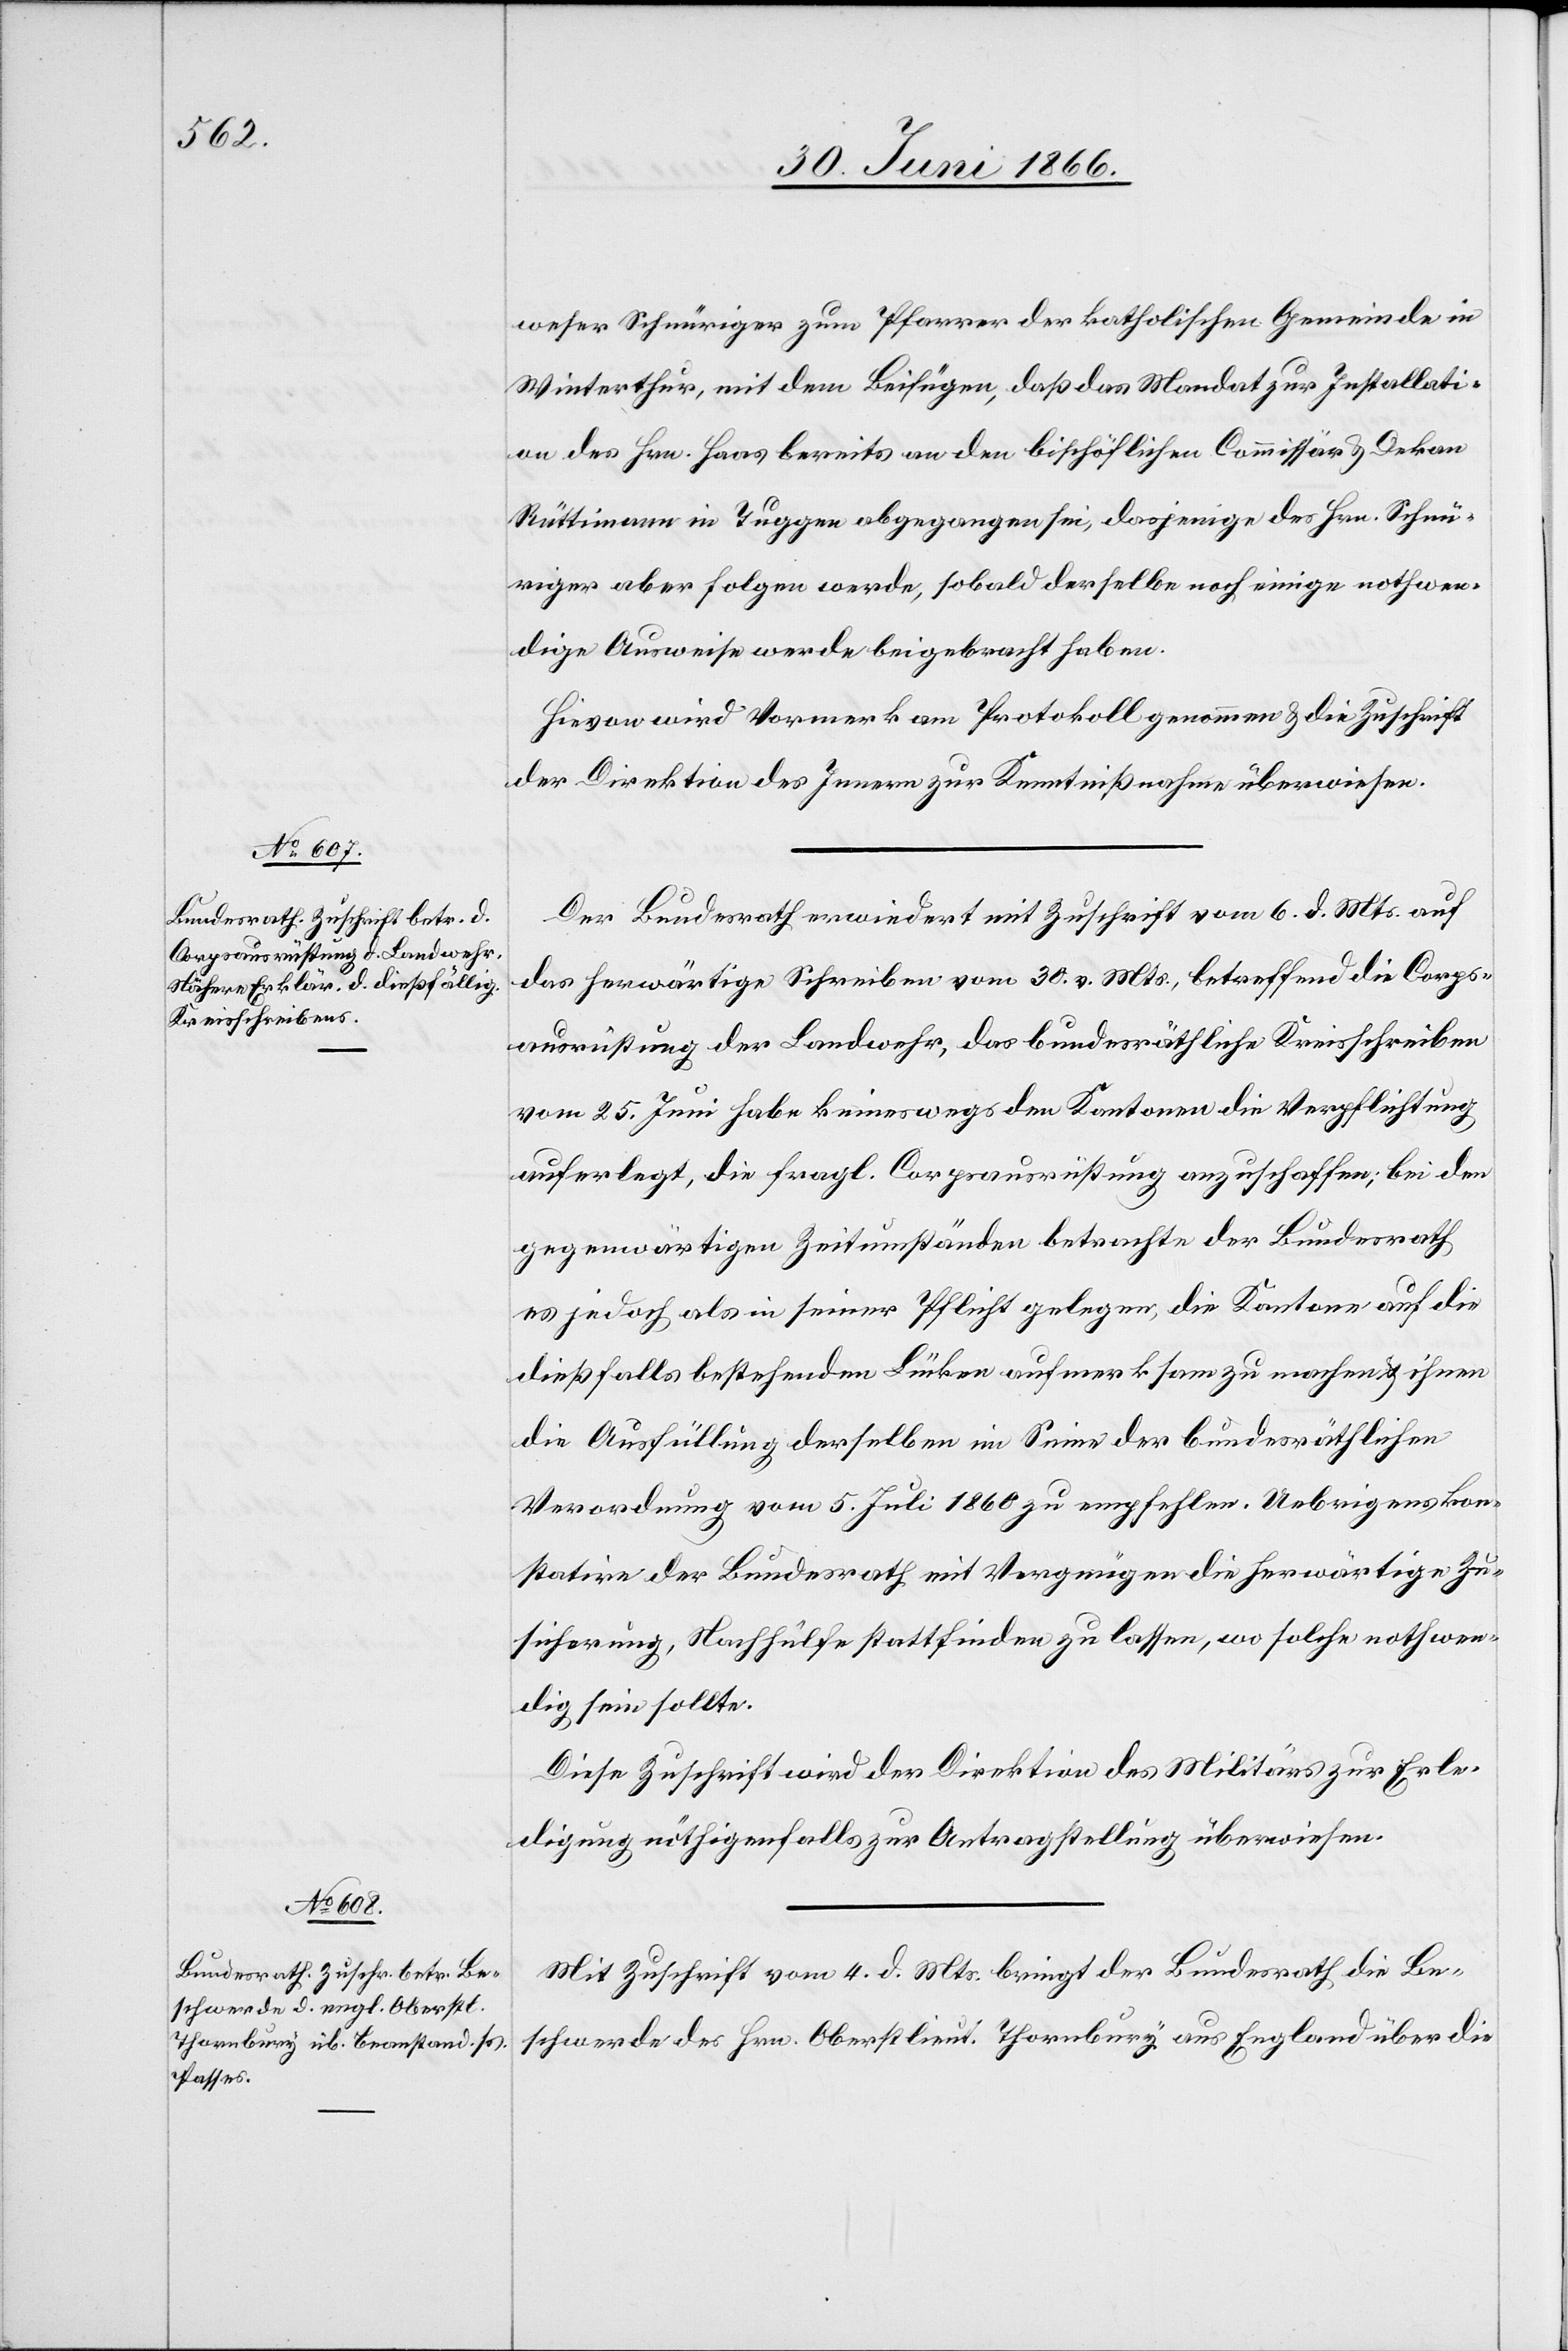
weser Schnüriger zum Pfarrer der katholischen Gemeinde in
Winterthur, mit dem Beifügen, daß das Mandat zur Installati¬
on des Hrn. Haas bereits an den bischöflichen Commissär u. Dekan
Rüttimann in Tuggen abgegangen sei, dasjenige des Hrn. Schnü¬
riger aber folgen werde, sobald derselbe noch einige nothwen¬
dige Ausweise werde beigebracht haben.
Hievon wird Vormerk am Protokoll genommen u. die Zuschrift
der Direktion des Innern zur Kenntnißnahme überwiesen.
Der Bundesrath erwiedert mit Zuschrift vom 6. d. Mts. auf
das herwärtige Schreiben vom 30. v. Mts., betreffend die Corps¬
ausrüstung der Landwehr, das bundesräthliche Kreisschreiben
vom 25. Juni habe keineswegs den Kantonen die Verpflichtung
auferlegt, die fragl. Corpsausrüstung anzuschaffen; bei den
gegenwärtigen Zeitumständen betrachte der Bundesrath
es jedoch als in seiner Pflicht gelegen, die Kantone auf die
dießfalls bestehenden Lücken aufmerksam zu machen u. ihnen
die Ausfüllung derselben im Sinne der bundesräthlichen
Verordnung vom 5. Juli 1860 zu empfehlen. Uebrigens kon¬
statire der Bundesrath mit Vergnügen die herwärtige Zu¬
sicherung, Nachhülfe stattfinden zu lassen, wo solche nothwen¬
dig sein sollte.
Diese Zuschrift wird der Direktion des Militärs zur Erle¬
digung, nöthigenfalls zur Antragstellung überwiesen.
Mit Zuschrift vom 4. d. Mts. bringt der Bundesrath die Be¬
schwerde des Hrn. Oberstlieut. Thornbury aus England über die